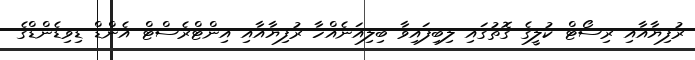
ރުފިޔާއާއި ރިސޯޓް ކުލީގެ ގޮތުގައި ލިބިފައިވާ ބިލިއަނެއްހާ ރުފިޔާއާއި އިންޓްރެސްޓް އެންޑް ޑިވިޑެންޑްގެ